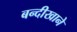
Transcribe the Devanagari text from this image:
बन्दीखाने